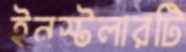
ইনস্টলারটি